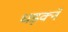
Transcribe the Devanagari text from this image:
धड़क्ने